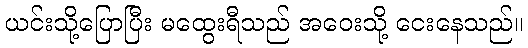
ယင်းသို့ပြောပြီး မထွေးရီသည် အဝေးသို့ ငေးနေသည်။